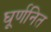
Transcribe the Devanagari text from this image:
घूर्णनित